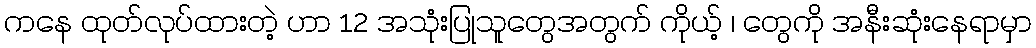
ကနေ ထုတ်လုပ်ထားတဲ့ ဟာ 12 အသုံးပြုသူတွေအတွက် ကိုယ့် ၊ တွေကို အနီးဆုံးနေရာမှာ